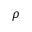
\rho